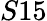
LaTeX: S15